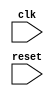
module behavioral_modeling(
    input wire clk,
    input wire reset
);

reg output_data;

always @(posedge clk or negedge reset) begin
    if (~reset) begin
        output_data <= 'b0;
    end else begin
        // your logic here
    end
end

endmodule